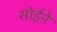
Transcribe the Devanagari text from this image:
सोईने